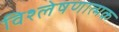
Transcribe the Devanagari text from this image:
विश्‍लेषणात्मक